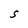
Character: S